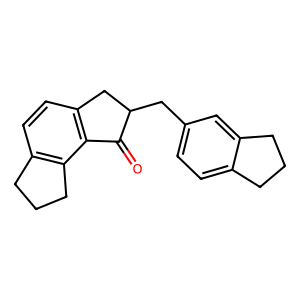
SMILES: O=C1c2c(ccc3c2CCC3)CC1Cc1ccc2c(c1)CCC2
Inhibits HIV replication: No